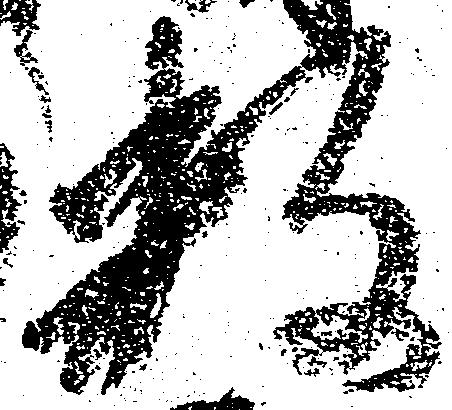
数